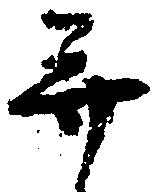
并